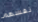
نفسهم